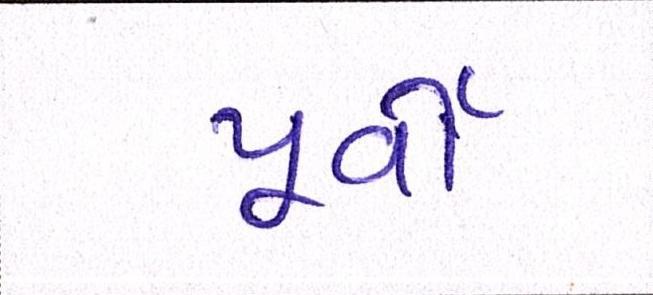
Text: પૂર્વી